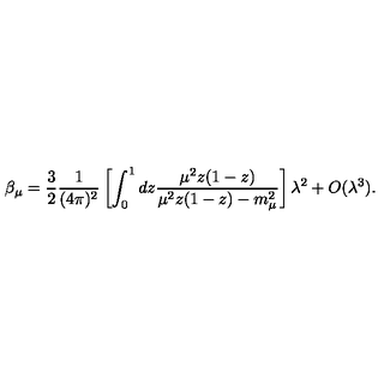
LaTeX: \beta _ { \mu } = \frac { 3 } { 2 } \frac { 1 } { ( 4 \pi ) ^ { 2 } } \left[ \int _ { 0 } ^ { 1 } d z \frac { \mu ^ { 2 } z ( 1 - z ) } { \mu ^ { 2 } z ( 1 - z ) - m _ { \mu } ^ { 2 } } \right] \lambda ^ { 2 } + O ( \lambda ^ { 3 } ) .